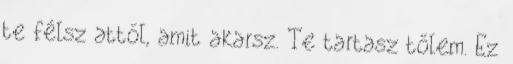
te félsz attól, amit akarsz. Te tartasz tőlem. Ez